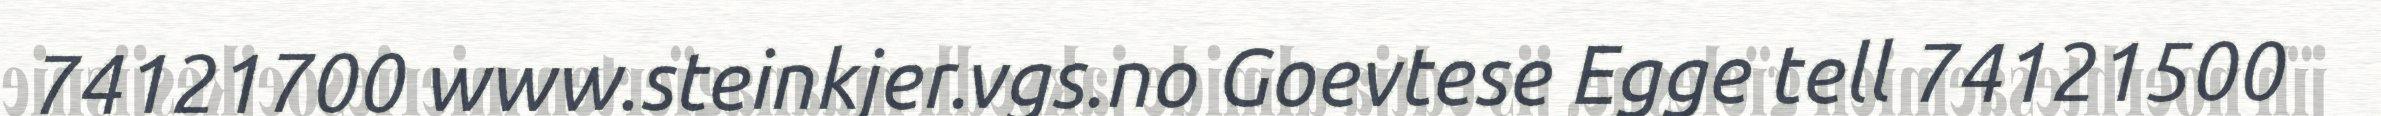
74121700 www.steinkjer.vgs.no Goevtese Egge tell 74121500